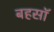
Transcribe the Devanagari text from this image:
बहसॉ